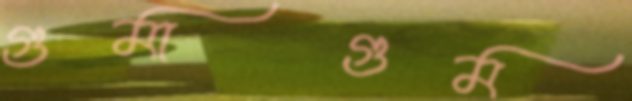
গুমাগুম